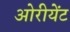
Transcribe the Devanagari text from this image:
ओरीयेंट